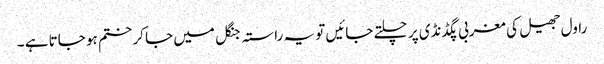
راول جھیل کی مغربی پگڈنڈی پر چلتے جائیں تو یہ راستہ جنگل میں جا کر ختم ہو جاتا ہے ۔